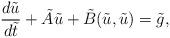
LaTeX: \begin{align*}\frac{d\tilde{u}}{d\tilde{t}}+\tilde{A}\tilde{u}+\tilde{B}(\tilde{u},\tilde{u})=\tilde{g},\end{align*}